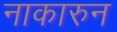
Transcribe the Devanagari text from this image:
नाकारुन